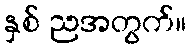
နှစ် ညအတွက်။